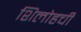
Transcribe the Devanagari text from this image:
शिलोहची